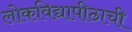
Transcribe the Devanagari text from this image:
लोकविद्यापीठाची